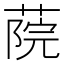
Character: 𦶤